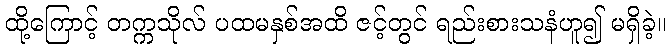
ထို့ကြောင့် တက္ကသိုလ် ပထမနှစ်အထိ ဇင့်တွင် ရည်းစားသနံဟူ၍ မရှိခဲ့။